Civil Veterinary Dept. Bombay admin report 1923-31 - 1923-1931
Year: 1923
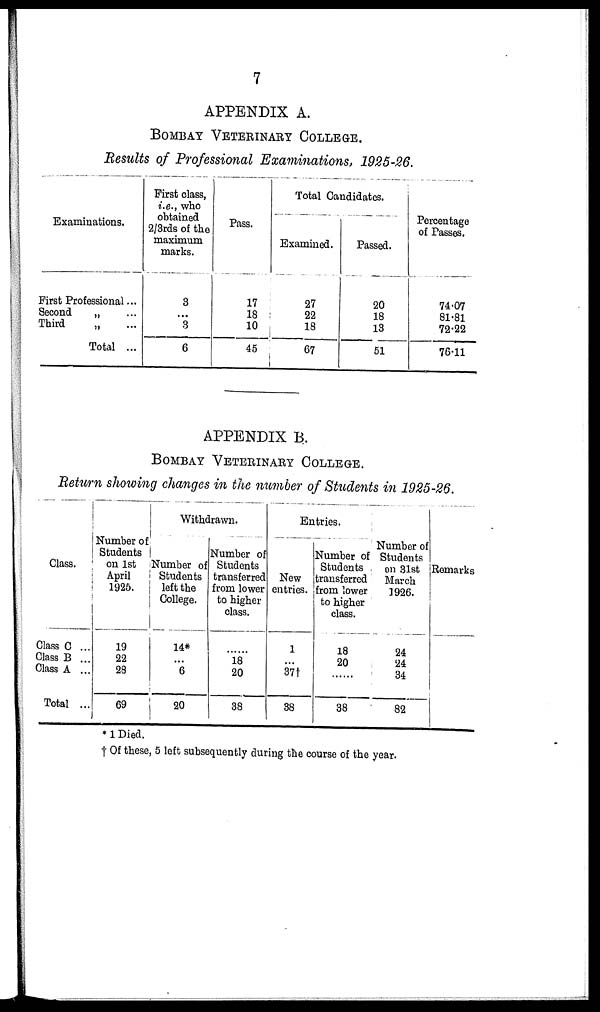
7
APPENDIX A.
BOMBAY VETERINARY COLLEGE.
Results of Professional Examinations, 1925-26.
Examinations.
First Professional ...
Second
„ ...
Third
„ ...
Total ...
First class,
i.e., who
obtained
2/3rds of the
maximum
marks.
3
...
8
6
Pass.
17
18
10
45
Total Candidates.
Examined.
27
22
18
67
Passed.
20
18
13
51
Percentage
of Passes.
74.07
81.81
72.22
76.11
APPENDIX B.
BOMBAY VETERINARY COLLEGE.
Return showing changes in the number of Students in 1925-26.
Class.
Class C ...
Class B ...
Class A ...
Total ...
Number of
Students
on 1st
April
1925.
19
22
28
69
Withdrawn.
Number of
Students
left the
College.
14*
...
6
20
Number of
Students
transferred
from lower
to higher
class.
......
18
20
38
Entries.
New
entries.
1
...
37†
38
Number of
Students
transferred
from lower
to higher
class.
18
20
......
38
Number of
Students
on 31st
March
1926.
24
24
34
82
Remarks
* 1 Died.
† Of these, 5 left subsequently during the course of the year.